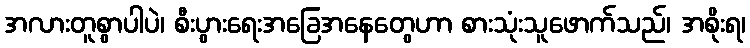
အလားတူစွာပါပဲ၊ စီးပွားရေးအခြေအနေတွေဟာ စားသုံးသူဖောက်သည်၊ အစိုးရ၊